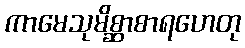
ကာမေသုမိစ္ဆာစာရဟေတု